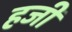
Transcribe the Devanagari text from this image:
हजीं